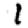
Digit: 1